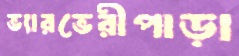
ভ্যারভেরীপাড়া